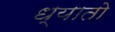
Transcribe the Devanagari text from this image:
ध्यातो